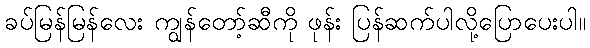
ခပ်မြန်မြန်လေး ကျွန်တော့်ဆီကို ဖုန်း ပြန်ဆက်ပါလို့ပြောပေးပါ။